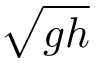
\sqrt { g h }